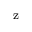
\mathrm { _ { z } }